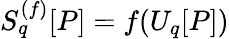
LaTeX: S_{q}^{(f)}[P]=f(U_{q}[P])